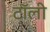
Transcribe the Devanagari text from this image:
टॉली